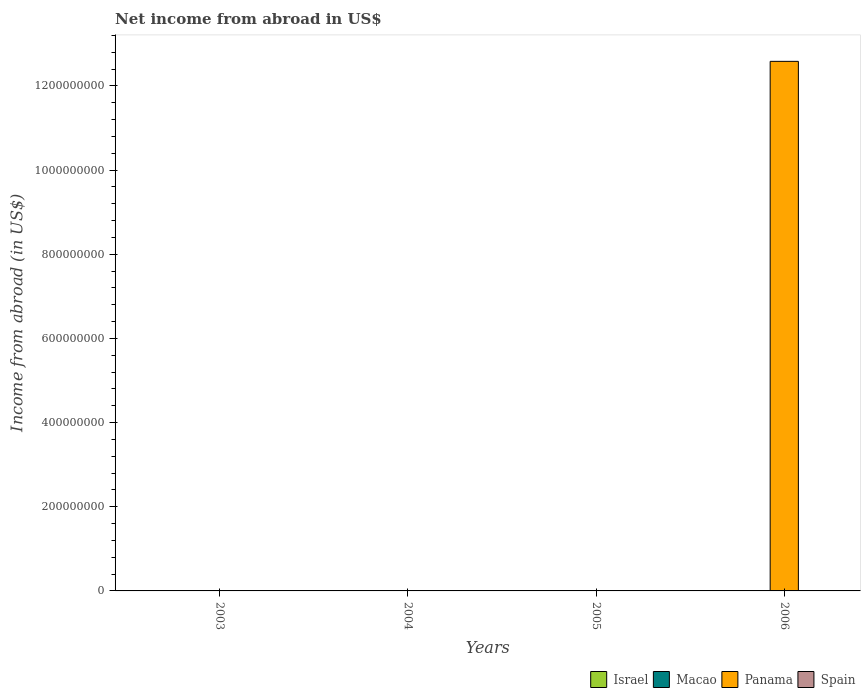
| Years | Israel | Macao | Panama | Spain |
 | --- | --- | --- | --- | --- |
 | 2003 | -2.81e+10 | -1.14e+09 | -7.42e+08 | -6.49e+09 |
 | 2004 | -1.98e+10 | -4.38e+09 | -1.04e+09 | -7.91e+09 |
 | 2005 | -1.47e+10 | -6.02e+09 | -1.12e+09 | -1.35e+10 |
 | 2006 | -1.33e+10 | -1.18e+10 | 1.26e+09 | -1.76e+10 |